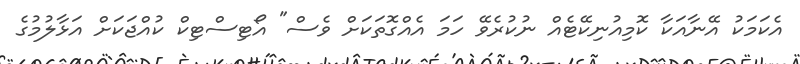
އެކަމަކު އޭނާއަކާ ކޮމިއުނިކޭޓެއް ނުކުރެވޭ ހަމަ އެއްގޮތަކަށް ވެސް" އޯޓިސްޓިކް ކުއްޖަކަށް އަޅާލުމުގެ